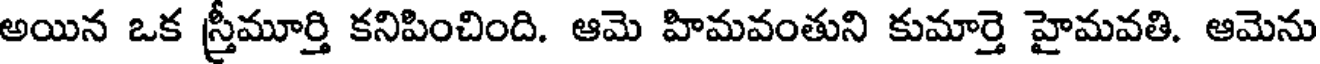
అయిన ఒక స్త్రీమూర్తి కనిపించింది. ఆమె హిమవంతుని కుమార్తె హైమవతి. ఆమెను